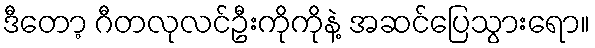
ဒီတော့ ဂီတလုလင်ဦးကိုကိုနဲ့ အဆင်ပြေသွားရော။